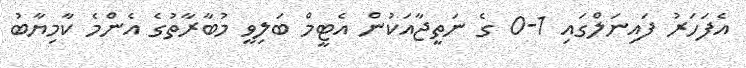
އެފަހަރު ފައިނަލްގައި 1-0 ގެ ނަތީޖާއަކުން އެޓީމް ބަލިވީ މުބާރާތުގެ އެންމެ ކާމިޔާބު